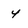
Character: 4